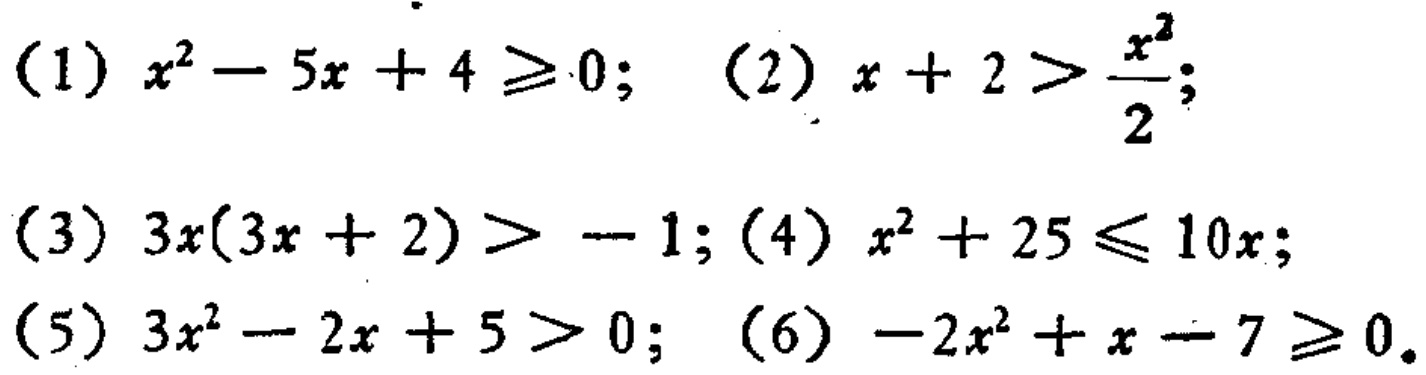
(1) \(x^{2}-5x + 4\geq0\); (2) \(x + 2>\frac{x^{2}}{2}\);
(3) \(3x(3x + 2)>-1\); (4) \(x^{2}+25\leq10x\);
(5) \(3x^{2}-2x + 5>0\); (6) \(-2x^{2}+x - 7\geq0\)